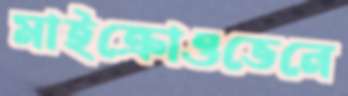
মাইক্রোওভেনে